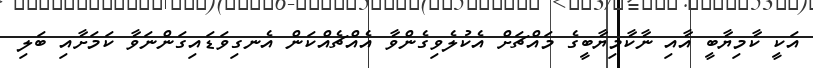
އަކީ ކާމިޔާބީ އާއި ނާކާމިޔާބީގެ މައްޗަށް އެކުލެވިގެންވާ އެއްޗެއްކަން އެނގިވަޑައިގަންނަވާ ކަމަށާއި ބަލި